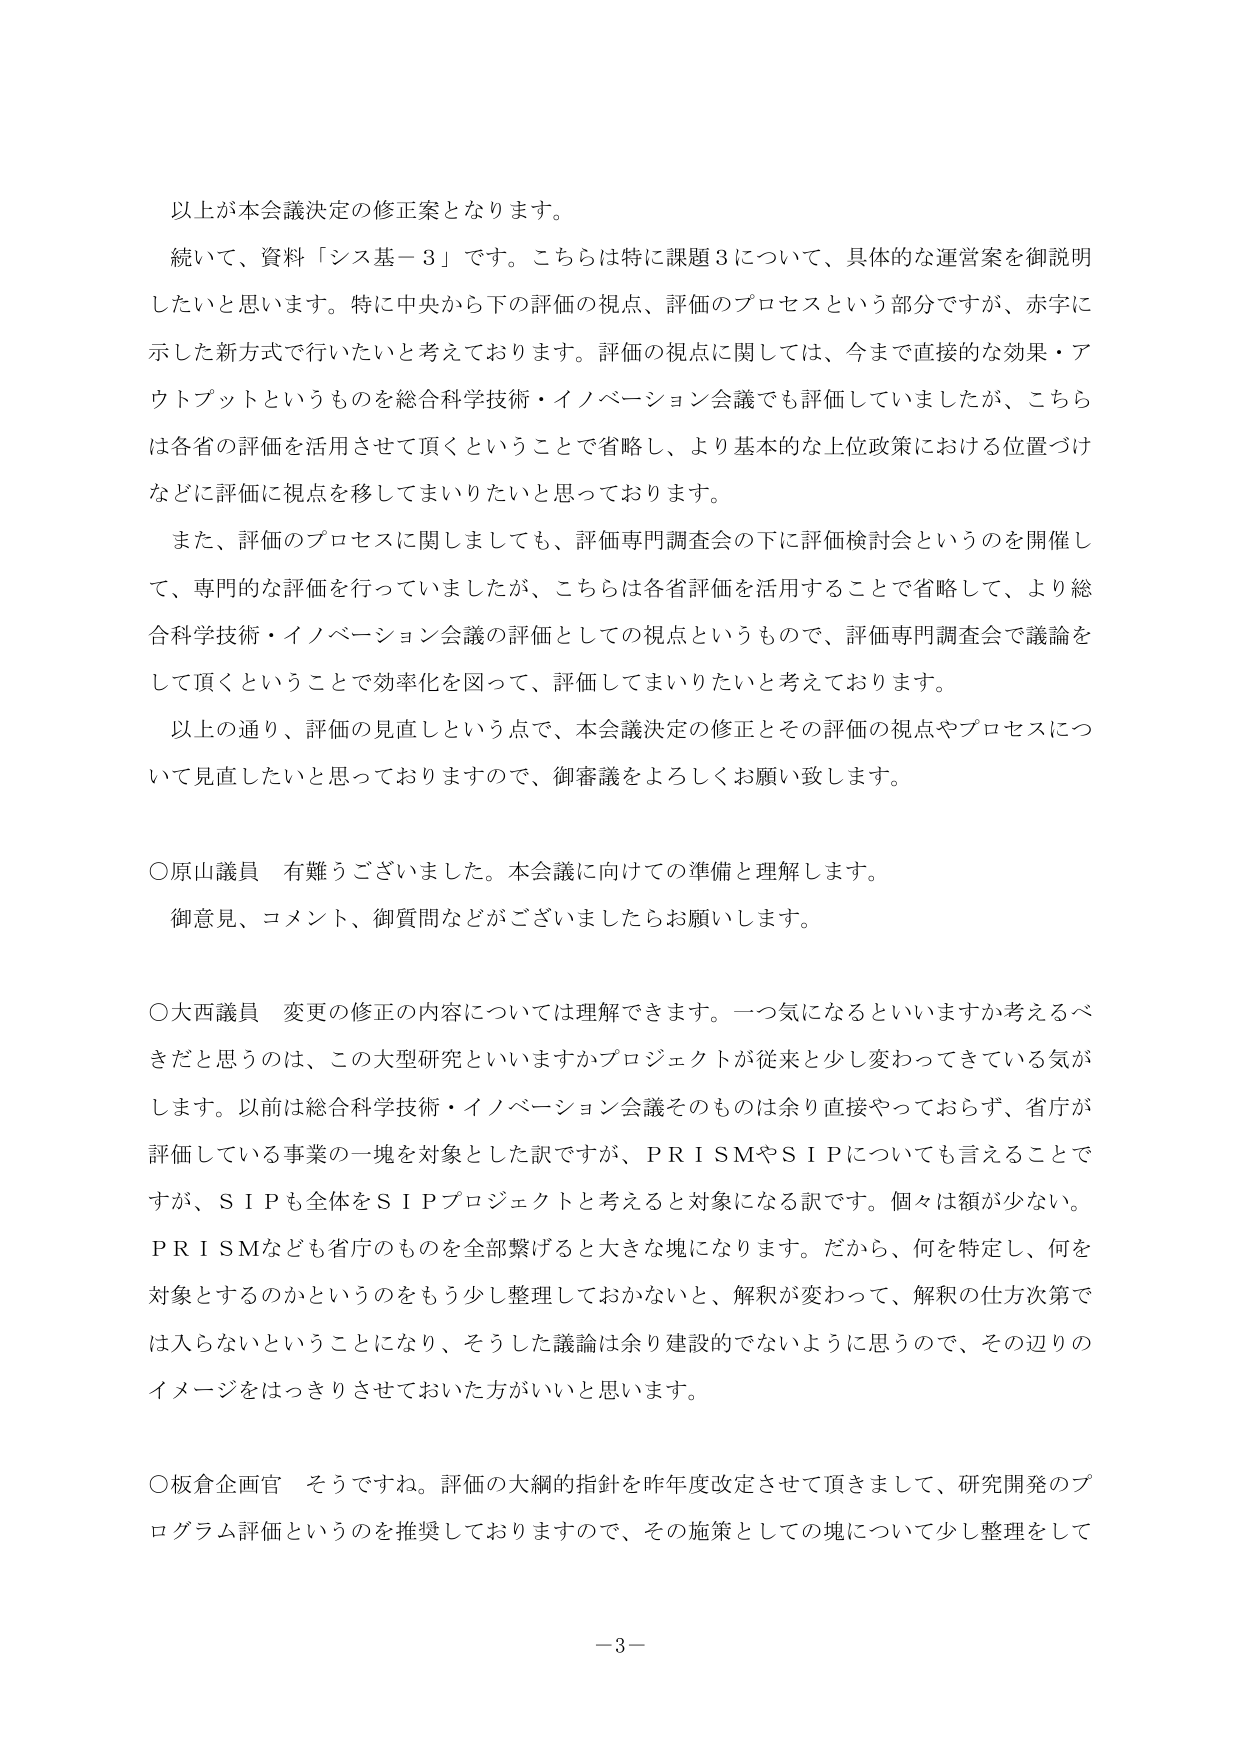
以上が本会議決定の修正案となります。

続いて、資料「シス基－３」です。こちらは特に課題３について、具体的な運営案を御説明したいと思います。特に中央から下の評価の視点、評価のプロセスという部分ですが、赤字に示した新方式で行いたいと考えております。評価の視点に関しては、今まで直接的な効果・アウトプットというものを総合科学技術・イノベーション会議でも評価していましたが、こちらは各省の評価を活用させて頂くということで省略し、より基本的な上位政策における位置づけなどに評価に視点を移してまいりたいと思っております。

また、評価のプロセスに関しましても、評価専門調査会の下に評価検討会というのを開催して、専門的な評価を行ってきましたが、こちらは各省評価を活用することで省略して、より総合科学技術・イノベーション会議の評価としての視点というものですので、評価専門調査会で議論をして頂くということで効率化を図って、評価してまいりたいと考えております。

以上通り、評価の見直しという点で、本会議決定の修正とその評価の視点やプロセスについて見直したいと思っておりますので、御審議をよろしくお願い致します。

○原山議員　有難うございました。本会議に向けての準備と理解します。
御意見、コメント、御質問などがございましたらお願いします。

○大西議員　変更の修正の内容については理解できます。一つ気になるといいますか考えるべきだと思うのは、この大型研究といいますかプロジェクトが従来と少し変わってきた気がします。以前は総合科学技術・イノベーション会議そのものは余り直接やっておらず、省庁が評価している事業の一塊を対象とした訳ですが、ＰＲＩＳＭやＳＩＰについても言えることですが、ＳＩＰも全体をＳＩＰプロジェクトと考えると対象になる訳です。個々は額が少ない。ＰＲＩＳＭなども省庁のものを全部繋げると大きな塊になります。だから、何を特定し、何を対象とするのかというのをもう少し整理しておかないと、解釈が変わって、解釈の仕方次第では入らないということになり、そうした議論は余り建設的でないように思うので、その辺りのイメージをはっきりさせておいた方がいいと思います。

○板倉企画官　そうですね。評価の大綱的指針を昨年度改定させて頂きましたので、研究開発のプログラム評価というのを推奨しておりますので、その施策としての塊について少し整理をして

－3－